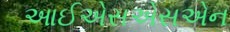
આઈએસએસએન